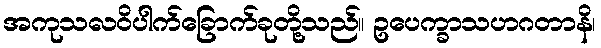
အကုသလဝိပါက်ခြောက်ခုတို့သည်။ ဥပေက္ခာသဟဂတာနိ၊